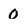
Character: 0